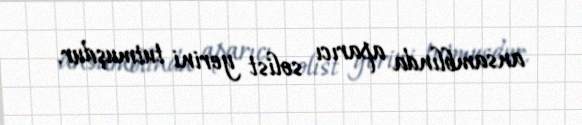
ansamblında aparıcı solist yerini tutmuşdur.